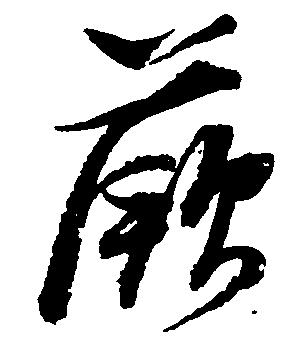
蕨